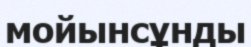
мойынсұнды